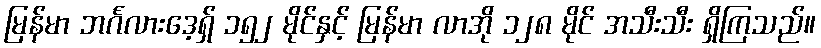
မြန်မာ ဘင်္ဂလားဒေ့ရှ် ၁၅၂ မိုင်နှင့် မြန်မာ လာအို ၁၂၈ မိုင် အသီးသီး ရှိကြသည်။